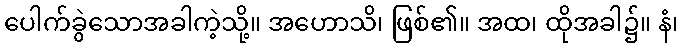
ပေါက်ခွဲသောအခါကဲ့သို့။ အဟောသိ၊ ဖြစ်၏။ အထ၊ ထိုအခါ၌။ နံ၊